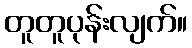
တူတူပုန်းလျက်။